Civil Veterinary Department. Madras. Admin. report 1910-25 - 1910-1925
Year: 1910
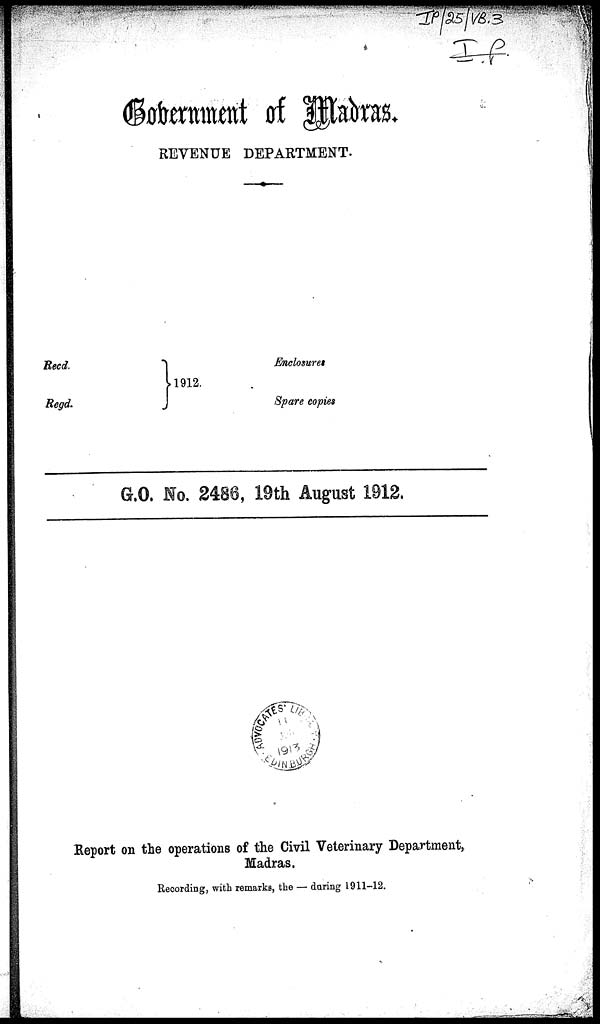
Government of Madras.
REVENUE DEPARTMENT.
Recd.
Regd.
1912.
Enclosures
Spare copies
G.O. No. 2486, 19th August 1912.
Report on the operations of the Civil Veterinary Department,
Madras.
Recording, with remarks, the — during 1911-12.